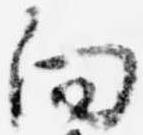
向